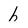
Character: b